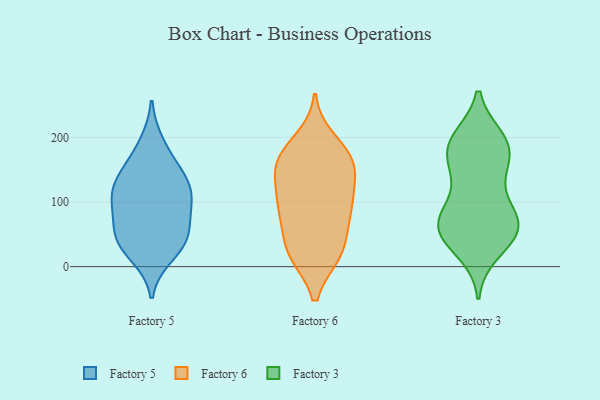
{"axis": {"x": "Demand Index", "y": "Value"}, "legend": ["Factory 3", "Factory 5", "Factory 6"], "data": [{"x": "", "y": 130, "type": "Factory 5"}, {"x": "", "y": 38, "type": "Factory 5"}, {"x": "", "y": 158, "type": "Factory 5"}, {"x": "", "y": 98, "type": "Factory 5"}, {"x": "", "y": 42, "type": "Factory 5"}, {"x": "", "y": 44, "type": "Factory 5"}, {"x": "", "y": 94, "type": "Factory 5"}, {"x": "", "y": 97, "type": "Factory 5"}, {"x": "", "y": 56, "type": "Factory 5"}, {"x": "", "y": 134, "type": "Factory 5"}, {"x": "", "y": 124, "type": "Factory 5"}, {"x": "", "y": 18, "type": "Factory 5"}, {"x": "", "y": 190, "type": "Factory 5"}, {"x": "", "y": 163, "type": "Factory 6"}, {"x": "", "y": 66, "type": "Factory 6"}, {"x": "", "y": 21, "type": "Factory 6"}, {"x": "", "y": 96, "type": "Factory 6"}, {"x": "", "y": 99, "type": "Factory 6"}, {"x": "", "y": 104, "type": "Factory 6"}, {"x": "", "y": 103, "type": "Factory 6"}, {"x": "", "y": 163, "type": "Factory 6"}, {"x": "", "y": 169, "type": "Factory 6"}, {"x": "", "y": 20, "type": "Factory 6"}, {"x": "", "y": 146, "type": "Factory 6"}, {"x": "", "y": 195, "type": "Factory 6"}, {"x": "", "y": 69, "type": "Factory 6"}, {"x": "", "y": 20, "type": "Factory 6"}, {"x": "", "y": 171, "type": "Factory 6"}, {"x": "", "y": 145, "type": "Factory 6"}, {"x": "", "y": 23, "type": "Factory 6"}, {"x": "", "y": 185, "type": "Factory 3"}, {"x": "", "y": 154, "type": "Factory 3"}, {"x": "", "y": 166, "type": "Factory 3"}, {"x": "", "y": 63, "type": "Factory 3"}, {"x": "", "y": 63, "type": "Factory 3"}, {"x": "", "y": 56, "type": "Factory 3"}, {"x": "", "y": 184, "type": "Factory 3"}, {"x": "", "y": 84, "type": "Factory 3"}, {"x": "", "y": 63, "type": "Factory 3"}, {"x": "", "y": 145, "type": "Factory 3"}, {"x": "", "y": 49, "type": "Factory 3"}, {"x": "", "y": 37, "type": "Factory 3"}, {"x": "", "y": 198, "type": "Factory 3"}, {"x": "", "y": 80, "type": "Factory 3"}, {"x": "", "y": 115, "type": "Factory 3"}, {"x": "", "y": 23, "type": "Factory 3"}, {"x": "", "y": 192, "type": "Factory 3"}, {"x": "", "y": 198, "type": "Factory 3"}, {"x": "", "y": 68, "type": "Factory 3"}]}